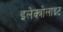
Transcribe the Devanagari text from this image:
इलेक्त्रोलाइट